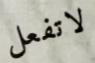
لاتفعل